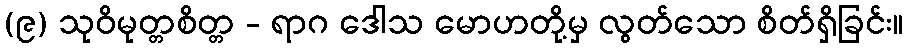
(၉) သုဝိမုတ္တစိတ္တ - ရာဂ ဒေါသ မောဟတို့မှ လွတ်သော စိတ်ရှိခြင်း။